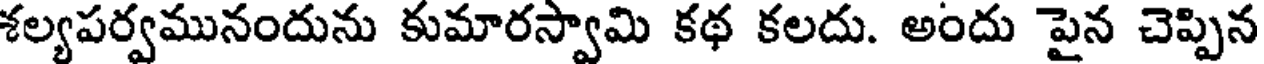
శల్యపర్వమునందును కుమారస్వామి కథ కలదు. అందు పైన చెప్పిన